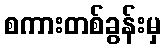
စကားတစ်ခွန်းမှ